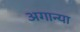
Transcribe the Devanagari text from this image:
अगान्या